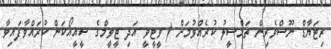
ރިޓަޔާޑް ނޫސްވެރިން ތަމްސީލު ކުރެއްވުމަށް ( ވީޓީވީ އަދި ޓީވީމްގެ ސީއީއޯކަން ކުރައްވާފައިވާ